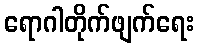
ရောဂါတိုက်ဖျက်ရေး